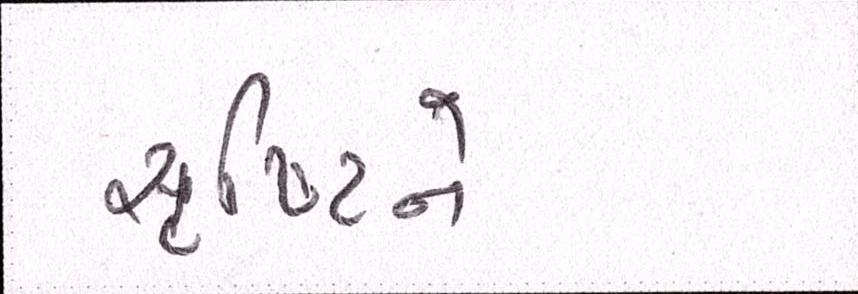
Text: સૃષ્ટિને